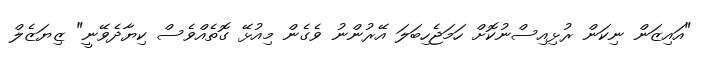
"އައިޒަން ނިކަން ރުޅިއިސްނުކޮށް ހަމަޖެހިބަލަ އޭރުންނު ވެގެން މިއުޅޭ ގޮތެއްވެސް ކިޔާދެވޭނީ" ޒިޔަޒެލް